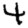
Digit: 4